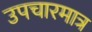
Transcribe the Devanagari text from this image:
उपचारमात्र